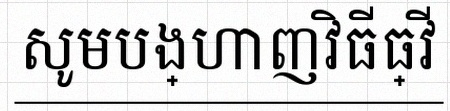
សូមបង្ហាញវិធីធ្វើ